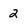
Character: 2